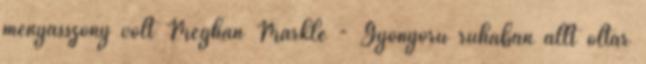
menyasszony volt Meghan Markle - Gyönyörű ruhában állt oltár